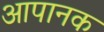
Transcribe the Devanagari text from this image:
आपानक